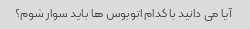
آیا می دانید با کدام اتوبوس ها باید سوار شوم؟